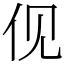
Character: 伣